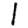
Digit: 1